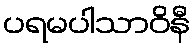
ပရမပါသာဝိနီ